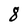
Character: 8